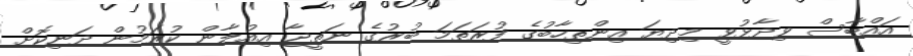
އައްބާސް ވިދާޅުވީ މިދިޔަ އިންތިހާބުގެ ފުރަތަމަ ބުރުގެ ނަތީޖާ އިއުލާން ކުރަމުން ދަނިކޮށް